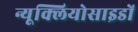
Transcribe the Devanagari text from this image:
न्यूक्लियोसाइडों